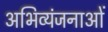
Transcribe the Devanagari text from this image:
अभिव्यंजनाओं